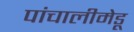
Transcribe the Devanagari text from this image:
पांचालीमेडू